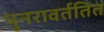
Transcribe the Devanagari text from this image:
पुनरावर्ततित